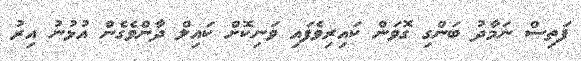
ފަތިސް ނަމާދު ބަންގި ގޮވަން ކައިރިވެފައި ވަނިކޮށް ކައިލް ދާންވެގެން އުޅުނު އިރު